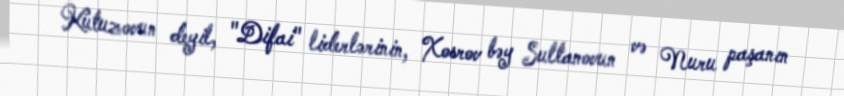
Kutuzovun deyil, "Difai" liderlərinin, Xosrov bəy Sultanovun və Nuru paşanın